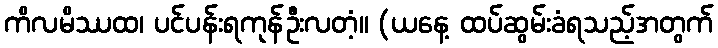
ကိလမိဿထ၊ ပင်ပန်းရကုန်ဦးလတံ့။ (ယနေ့ ထပ်ဆွမ်းခံရသည့်အတွက်